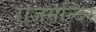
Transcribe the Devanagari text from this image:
राजमन्दिर